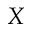
X